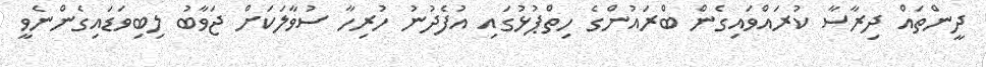
ދީންތައް ދިރާސާ ކުރައްވައިގެން ބްރައުންގެ ހިތްޕުޅުގައި އުފެދުނު ހުރިހާ ސުވާލަކަށް ޖަވާބު ލިބިވަޑައިގެންނެވީ